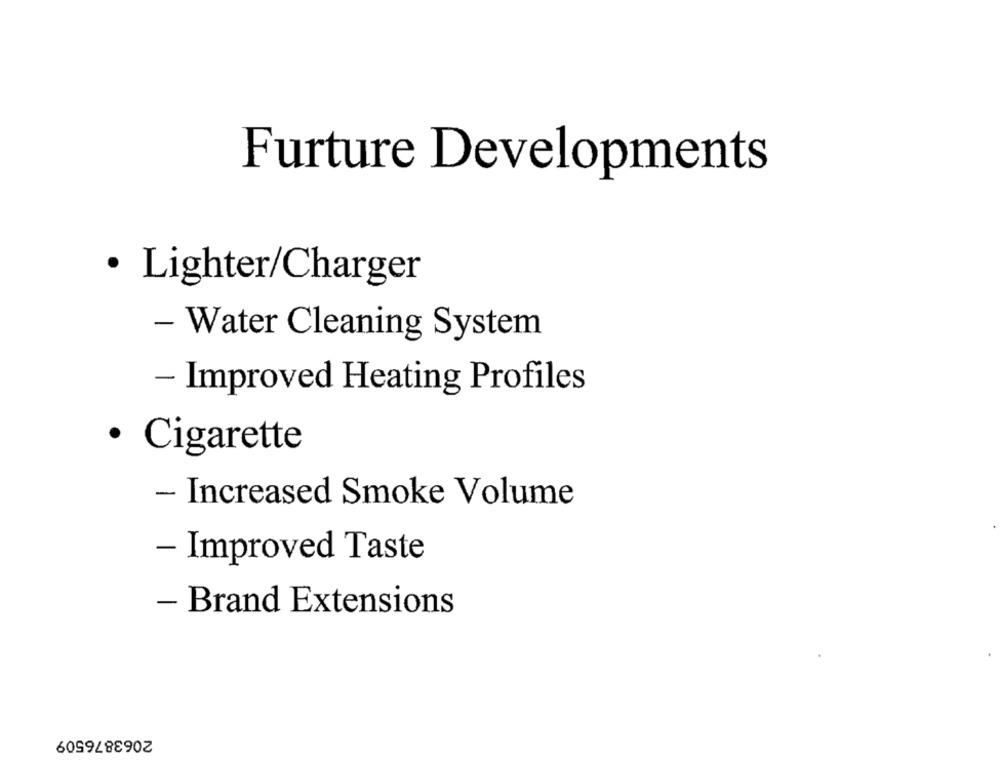
Furture Developments
· Lighter/Charger
- Water Cleaning System
- Improved Heating Profiles
· Cigarette
- Increased Smoke Volume
- Improved Taste
- Brand Extensions
2063876509